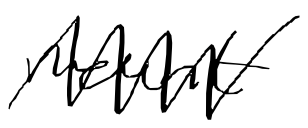
Text: mount
Cross-out: zig-zag
Writing tool: digital_black